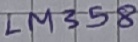
Text: LM358